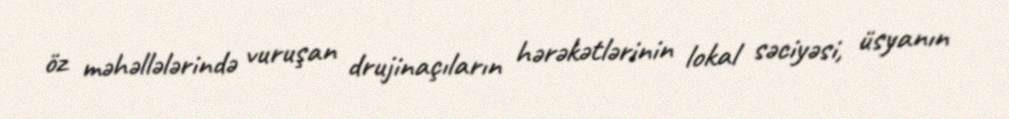
öz məhəllələrində vuruşan drujinaçıların hərəkətlərinin lokal səciyəsi, üsyanın